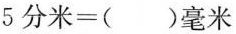
$$5分米=()毫米$$